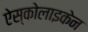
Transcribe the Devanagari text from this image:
ऐस्कोलाइकेन